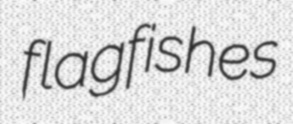
flagfishes